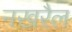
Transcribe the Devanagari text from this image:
नखरैल